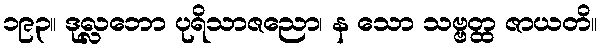
၁၉၃။ ဒုလ္လဘော ပုရိသာဇညော၊ န သော သဗ္ဗတ္ထ ဇာယတိ။